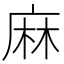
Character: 麻